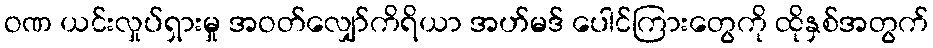
ဝဏ ယင်းလှုပ်ရှားမှု အဝတ်လျှော်ကိရိယာ အဟ်မဒ် ပေါင်ကြားတွေကို ထိုနှစ်အတွက်